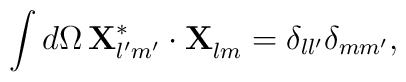
\int d\Omega\, {\bf X}^*_{l'm'}\cdot {\bf X}^{\vphantom{*}}_{lm}=\delta_{ll'}\delta_{mm'},